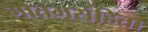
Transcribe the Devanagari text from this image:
गौतमसंहिता